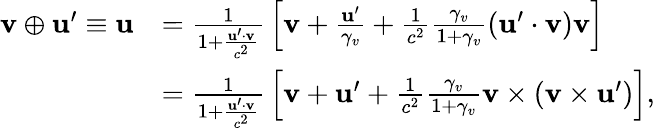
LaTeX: {\begin{array}{rl}{\mathbf{v}\oplus\mathbf{u}^{\prime}\equiv\mathbf{u}}&{={\frac{1}{1+{\frac{\mathbf{u}^{\prime}\cdot\mathbf{v}}{c^{2}}}}}\left[\mathbf{v}+{\frac{\mathbf{u}^{\prime}}{\gamma_{v}}}+{\frac{1}{c^{2}}}{\frac{\gamma_{v}}{1+\gamma_{v}}}(\mathbf{u}^{\prime}\cdot\mathbf{v})\mathbf{v}\right]}\\ &{={\frac{1}{1+{\frac{\mathbf{u}^{\prime}\cdot\mathbf{v}}{c^{2}}}}}\left[\mathbf{v}+\mathbf{u}^{\prime}+{\frac{1}{c^{2}}}{\frac{\gamma_{v}}{1+\gamma_{v}}}\mathbf{v}\times(\mathbf{v}\times\mathbf{u}^{\prime})\right],}\end{array}}